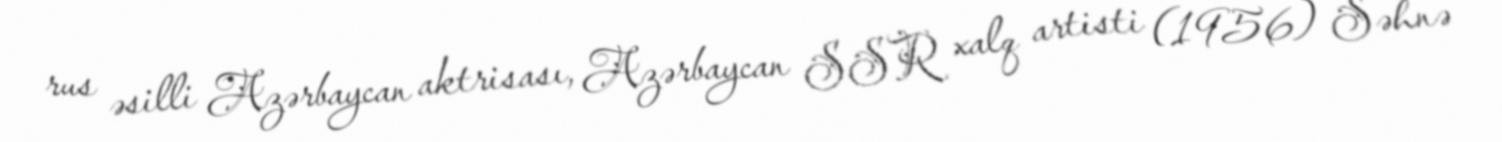
rus əsilli Azərbaycan aktrisası, Azərbaycan SSR xalq artisti (1956) Səhnə